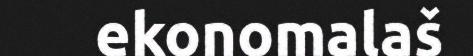
ekonomalaš